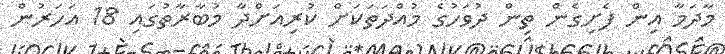
މާދަމާ އިން ފެށިގެން ތިން ދުވަހުގެ މުއްދަތަކަށް ކުރިއަށްދާ މުބާރާތުގައި 18 އަހަރުން